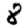
Digit: 8